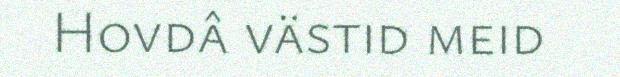
Hovdâ västid meid